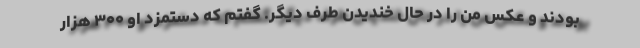
بودند و عكس من را در حال خنديدن طرف ديگر. گفتم كه دستمزد او ۳۰۰ هزار